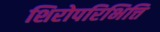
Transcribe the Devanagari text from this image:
शिरोपरिभित्ति